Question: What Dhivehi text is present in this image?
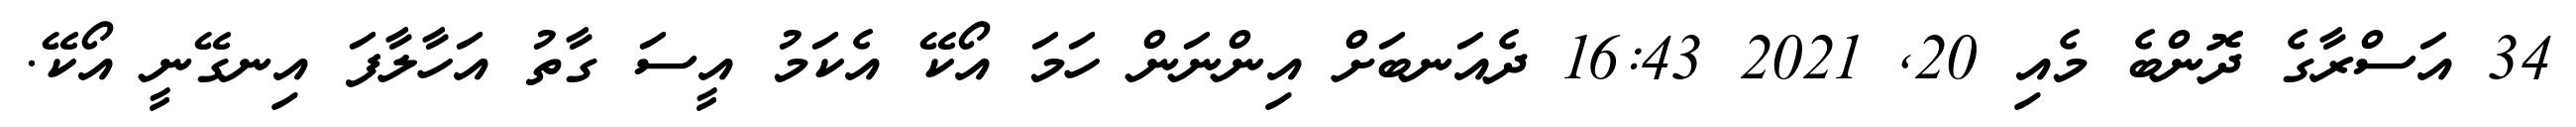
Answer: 34 އަސްރާގެ ދޮންބެ މެއި 20, 2021 16:43 ދެއަނބަށް އިންނަން ހަމަ އޯކޭ އެކަމު އީސަ ގާތު އަހާލާފަ އިނގޭނީ އޯކޭ.